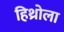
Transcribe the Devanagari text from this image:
हिथ्रोला